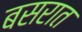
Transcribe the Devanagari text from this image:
बसरात